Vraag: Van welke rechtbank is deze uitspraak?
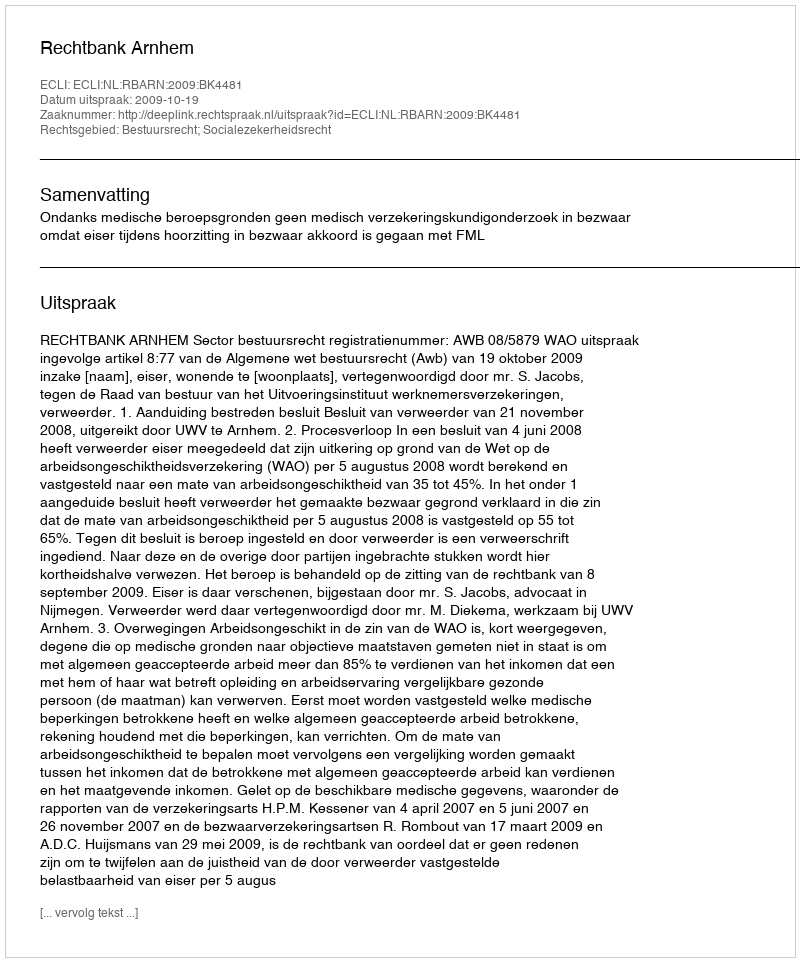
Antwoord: Rechtbank Arnhem